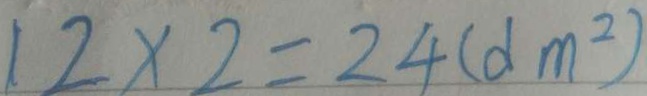
1 2 \times 2 = 2 4 ( d m ^ { 2 } )